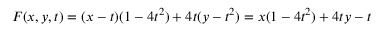
F ( x , y , t ) = ( x - t ) ( 1 - 4 t ^ { 2 } ) + 4 t ( y - t ^ { 2 } ) = x ( 1 - 4 t ^ { 2 } ) + 4 t y - t